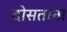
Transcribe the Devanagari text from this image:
दोसताना